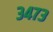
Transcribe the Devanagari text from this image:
३४७३